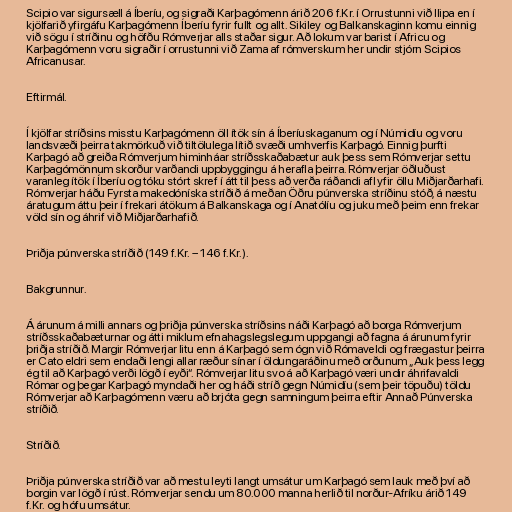
Scipio var sigursæll á Íberíu, og sigraði Karþagómenn árið 206 f.Kr. í Orrustunni við Ilipa en í
kjölfarið yfirgáfu Karþagómenn Íberíu fyrir fullt og allt. Sikiley og Balkanskaginn komu einnig
við sögu í stríðinu og höfðu Rómverjar alls staðar sigur. Að lokum var barist í Africu og
Karþagómenn voru sigraðir í orrustunni við Zama af rómverskum her undir stjórn Scipios
Africanusar.

Eftirmál.

Í kjölfar stríðsins misstu Karþagómenn öll ítök sín á Íberíuskaganum og í Númidíu og voru
landsvæði þeirra takmörkuð við tiltölulega lítið svæði umhverfis Karþagó. Einnig þurfti
Karþagó að greiða Rómverjum himinháar stríðsskaðabætur auk þess sem Rómverjar settu
Karþagómönnum skorður varðandi uppbyggingu á herafla þeirra. Rómverjar öðluðust
varanleg ítök í Íberíu og tóku stórt skref í átt til þess að verða ráðandi afl yfir öllu Miðjarðarhafi.
Rómverjar háðu Fyrsta makedóníska stríðið á meðan Öðru púnverska stríðinu stóð, á næstu
áratugum áttu þeir í frekari átökum á Balkanskaga og í Anatólíu og juku með þeim enn frekar
völd sín og áhrif við Miðjarðarhafið.

Þriðja púnverska stríðið (149 f.Kr. – 146 f.Kr.).

Bakgrunnur.

Á árunum á milli annars og þriðja púnverska stríðsins náði Karþagó að borga Rómverjum
stríðsskaðabæturnar og átti miklum efnahagslegslegum uppgangi að fagna á árunum fyrir
þriðja stríðið. Margir Rómverjar litu enn á Karþagó sem ógn við Rómaveldi og frægastur þeirra
er Cato eldri sem endaði lengi allar ræður sínar í öldungaráðinu með orðunum „Auk þess legg
ég til að Karþagó verði lögð í eyði“. Rómverjar litu svo á að Karþagó væri undir áhrifavaldi
Rómar og þegar Karþagó myndaði her og háði stríð gegn Númidíu (sem þeir töpuðu) töldu
Rómverjar að Karþagómenn væru að brjóta gegn samningum þeirra eftir Annað Púnverska
stríðið.

Stríðið.

Þriðja púnverska stríðið var að mestu leyti langt umsátur um Karþagó sem lauk með því að
borgin var lögð í rúst. Rómverjar sendu um 80.000 manna herlið til norður-Afríku árið 149
f.Kr. og hófu umsátur.